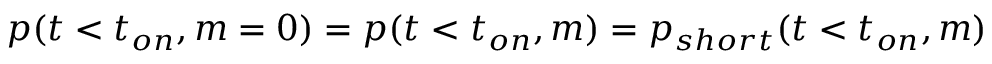
p ( t < t _ { o n } , m = 0 ) = p ( t < t _ { o n } , m ) = p _ { s h o r t } ( t < t _ { o n } , m )